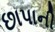
છાપાની